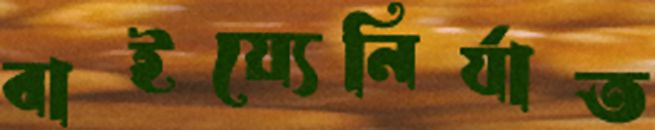
বাইয়্যেনির্যাত